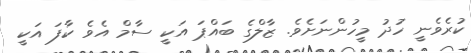
ކުރެވެނީ ހުދު މީހުންނަށެވެ. ޒާލްގެ ބައްޕަ އަކީ ސާމް އެވެ ކާފަ އަކީ